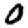
Digit: 0